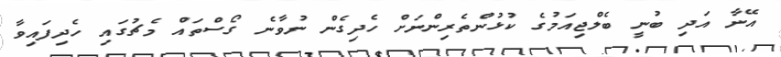
އޭނާ އަދި ބުނީ ބެލްޖިއަމުގެ ކުޅުންތެރިންނަށް ހެދިގެން ނުވާނެ ގޯސްތައް މެޗުގައި ހެދިފައިވާ